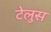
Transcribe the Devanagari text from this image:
टेलुस